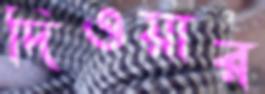
দিওয়ার